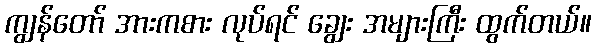
ကျွန်တော် အားကစား လုပ်ရင် ချွေး အများကြီး ထွက်တယ်။